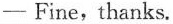
- Fine, thanks.